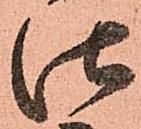
仕